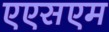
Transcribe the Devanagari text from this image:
एएसएम